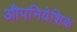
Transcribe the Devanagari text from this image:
औपनिवेशिक